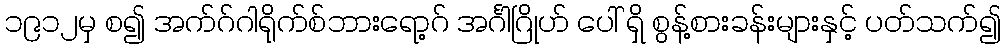
၁၉၁၂မှ စ၍ အက်ဂ်ဂါရိုက်စ်ဘားရော့ဂ် အင်္ဂါဂြိုဟ် ပေါ် ရှိ စွန့်စားခန်းများနှင့် ပတ်သက်၍